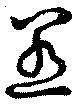
惹